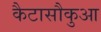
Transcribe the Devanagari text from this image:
कैटासौकुआ